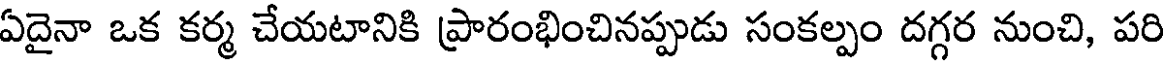
ఏదైనా ఒక కర్మ చేయటానికి ప్రారంభించినప్పుడు సంకల్పం దగ్గర నుంచి, పరి